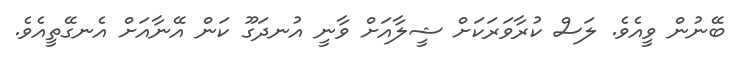
ބޭނުން ވީއެވެ. ލަސް ކުރާވަރަކަށް ޝީލާއަށް ވާނީ އުނދަގޫ ކަން އޭނާއަށް އެނގޭތީއެވެ.